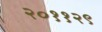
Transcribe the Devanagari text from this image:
२०११२९